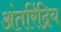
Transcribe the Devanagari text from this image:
अंतरिंद्रिय